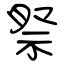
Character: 祭